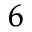
_ 6